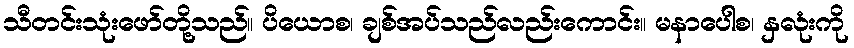
သီတင်းသုံးဖော်တို့သည်။ ပိယောစ၊ ချစ်အပ်သည်လည်းကောင်း။ မနာပေါစ၊ နှလုံးကို